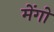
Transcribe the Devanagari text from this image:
मेंगो